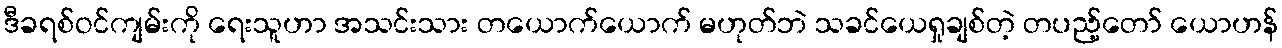
ဒီခရစ်ဝင်ကျမ်းကို ရေးသူဟာ အသင်းသား တယောက်ယောက် မဟုတ်ဘဲ သခင်ယေရှုချစ်တဲ့ တပည့်တော် ယောဟန်